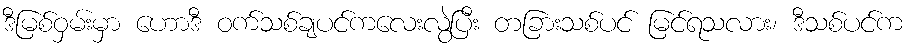
ဒီမြစ်ဝှမ်းမှာ ဟောဒီ ဝက်သစ်ချပင်ကလေးလွဲပြီး တခြားသစ်ပင် မြင်ရသလား၊ ဒီသစ်ပင်က